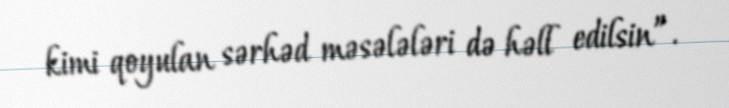
kimi qoyulan sərhəd məsələləri də həll edilsin”.